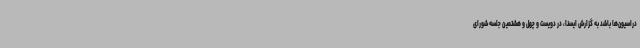
دراسیون‌ها باشد به گزارش ایسنا، در دویست و چهل و هشتمین جلسه شورای